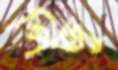
পিজু